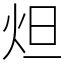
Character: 炟